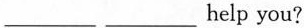
___ ___help you?